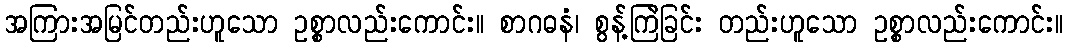
အကြားအမြင်တည်းဟူသော ဥစ္စာလည်းကောင်း။ စာဂဓနံ၊ စွန့်ကြဲခြင်း တည်းဟူသော ဥစ္စာလည်းကောင်း။